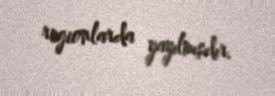
regionlarda yayılmışdır.